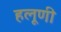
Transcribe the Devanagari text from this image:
हलूणी